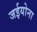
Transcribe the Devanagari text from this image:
जईयोना